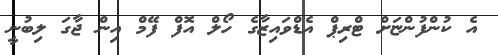
އެ ކުންފުންޏަށް ޓްރިޕް އެޑްވައިޒާގެ ހޯލް އޮފް ފޭމް އިން ޖާގަ ލިބުނީ